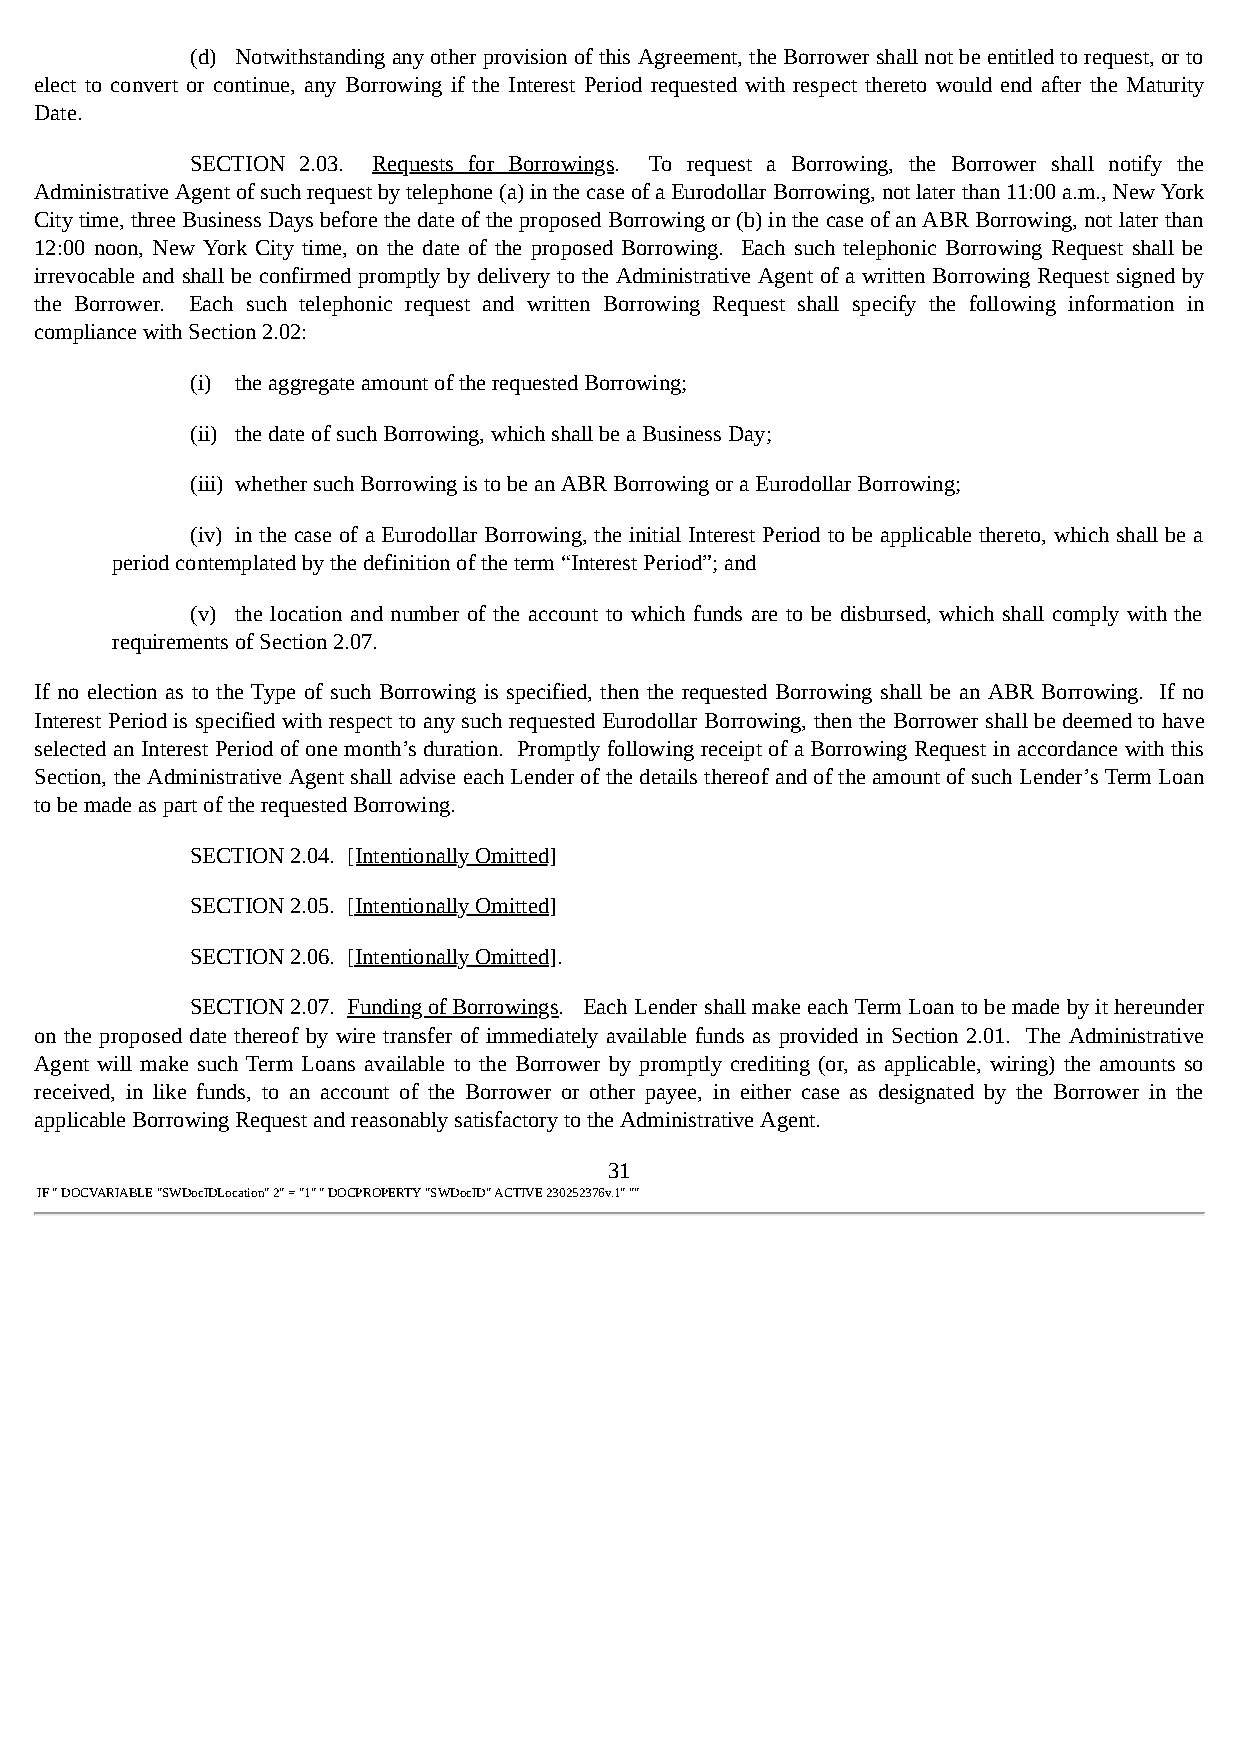
(d) Notwithstanding any other provision of this Agreement, the Borrower shall not be entitled to request, or to
 elect to convert or continue, any Borrowing if the Interest Period requested with respect thereto would end after the Maturity
 Date.
 SECTION 2.03. Requests for Borrowings. To request a Borrowing, the Borrower shall notify the
 Administrative Agent of such request by telephone (a) in the case of a Eurodollar Borrowing, not later than 11:00 a.m., New York
 City time, three Business Days before the date of the proposed Borrowing or (b) in the case of an ABR Borrowing, not later than
 12:00 noon, New York City time, on the date of the proposed Borrowing. Each such telephonic Borrowing Request shall be
 irrevocable and shall be confirmed promptly by delivery to the Administrative Agent of a written Borrowing Request signed by
 the Borrower. Each such telephonic request and written Borrowing Request shall specify the following information in
 compliance with Section 2.02:
 (i) the aggregate amount of the requested Borrowing;
 (ii) the date of such Borrowing, which shall be a Business Day;
 (iii) whether such Borrowing is to be an ABR Borrowing or a Eurodollar Borrowing;
 (iv) in the case of a Eurodollar Borrowing, the initial Interest Period to be applicable thereto, which shall be a
 period contemplated by the definition of the term “Interest Period”; and
 (v) the location and number of the account to which funds are to be disbursed, which shall comply with the
 requirements of Section 2.07.
 If no election as to the Type of such Borrowing is specified, then the requested Borrowing shall be an ABR Borrowing. If no
 Interest Period is specified with respect to any such requested Eurodollar Borrowing, then the Borrower shall be deemed to have
 selected an Interest Period of one month’s duration. Promptly following receipt of a Borrowing Request in accordance with this
 Section, the Administrative Agent shall advise each Lender of the details thereof and of the amount of such Lender’s Term Loan
 to be made as part of the requested Borrowing.
 SECTION 2.04. [Intentionally Omitted]
 SECTION 2.05. [Intentionally Omitted]
 SECTION 2.06. [Intentionally Omitted].
 SECTION 2.07. Funding of Borrowings. Each Lender shall make each Term Loan to be made by it hereunder
 on the proposed date thereof by wire transfer of immediately available funds as provided in Section 2.01. The Administrative
 Agent will make such Term Loans available to the Borrower by promptly crediting (or, as applicable, wiring) the amounts so
 received, in like funds, to an account of the Borrower or other payee, in either case as designated by the Borrower in the
 applicable Borrowing Request and reasonably satisfactory to the Administrative Agent.
 31
 IF " DOCVARIABLE "SWDocIDLocation" 2" = "1" " DOCPROPERTY "SWDocID" ACTIVE 230252376v.1" ""